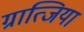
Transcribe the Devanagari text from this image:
ग्रात्जिया